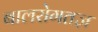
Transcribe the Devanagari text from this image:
बालरोगतज्ञ